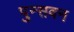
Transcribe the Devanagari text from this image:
पुन्सवन